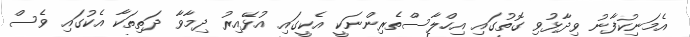
އެމަނިކުފާނު ވިދާޅުވި ގޮތުގައި އިހްލާސްތެރިންނަކީ އެކީގައި އުޅޭއިރު ދިމާވާ ދަތިތަކާ އެކުގައި ވެސް